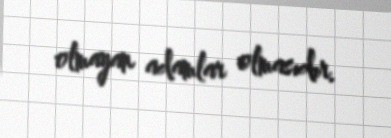
olmayan adamlar olmasıdır.